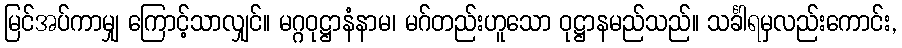
မြင်အပ်ကာမျှ ကြောင့်သာလျှင်။ မဂ္ဂဝုဋ္ဌာနံနာမ၊ မဂ်တည်းဟူသော ဝုဋ္ဌာနမည်သည်။ သင်္ခါရမှလည်းကောင်း,